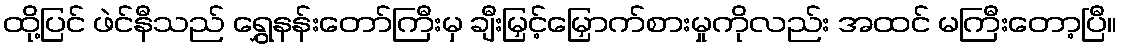
ထို့ပြင် ဖဲင်နီသည် ရွှေနန်းတော်ကြီးမှ ချီးမြှင့်မြှောက်စားမှုကိုလည်း အထင် မကြီးတော့ပြီ။